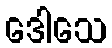
ဒေါသေ